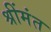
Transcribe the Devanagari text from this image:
श्रींमंत